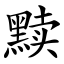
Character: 黩